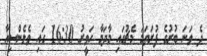
ދެ ވަނަ ބުރުގެ ފުރަތަމަ މެޗުގައި މާދަމާ ހަވީރު 16:30 ގައި ވެލެންސިއާ